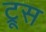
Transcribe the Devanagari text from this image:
ट्रूस